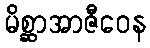
မိစ္ဆာအာဇီဝေန